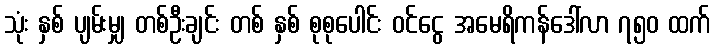
သုံး နှစ် ပျမ်းမျှ တစ်ဦးချင်း တစ် နှစ် စုစုပေါင်း ဝင်ငွေ အမေရိကန်ဒေါ်လာ ၇၅၀ ထက်